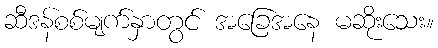
ဆီဒန်စစ်မျက်နှာတွင် အခြေအနေ မဆိုးသေး။